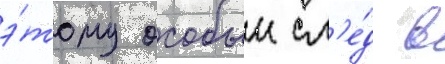
э́тому особыи сл'е́д в